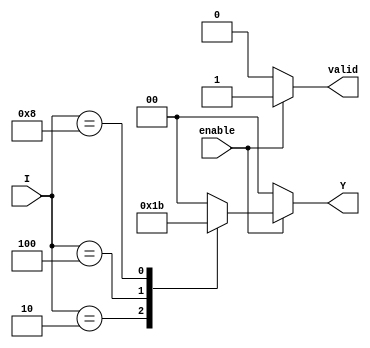
module one_of_n_encoder (
    input wire [3:0] I,      // 4 input lines
    input wire enable,       // Enable signal
    output reg [1:0] Y,      // 2 output lines
    output reg valid         // Valid output signal
);

    always @(*) begin
        if (!enable) begin
            Y = 2'b00;        // Set outputs to low when not enabled
            valid = 1'b0;     // No valid output
        end else begin
            valid = 1'b1;      // Valid output when enabled
            casez (I)          // Use casez to handle don't care conditions
                4'b0001: Y = 2'b00; // I[0] active
                4'b0010: Y = 2'b01; // I[1] active
                4'b0100: Y = 2'b10; // I[2] active
                4'b1000: Y = 2'b11; // I[3] active
                default: Y = 2'b00; // Default case (no active input)
            endcase
        end
    end

endmodule